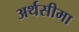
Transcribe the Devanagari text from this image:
अर्थसीमा